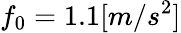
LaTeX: f_{0}=1.1[m/s^{2}]